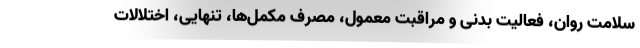
سلامت روان، فعالیت بدنی و مراقبت معمول، مصرف مکمل‌ها، تنهایی، اختلالات